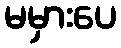
မမှားပေ